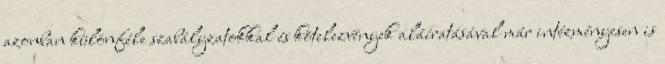
azonban különféle szabályzatokkal és kötelezvények aláíratásával már intézményesen is